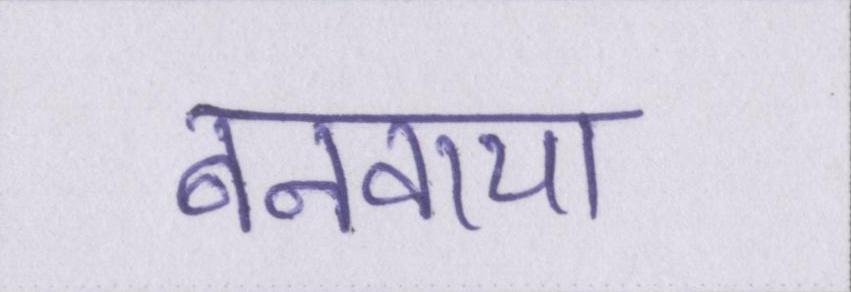
बनवाया